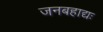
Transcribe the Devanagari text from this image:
जनबहाद्यः